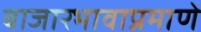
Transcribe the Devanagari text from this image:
बाजारभावाप्रमाणे